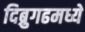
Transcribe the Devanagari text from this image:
दिब्रुगढमध्ये